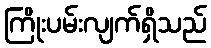
ကြိုးပမ်းလျက်ရှိသည်